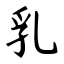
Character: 乳